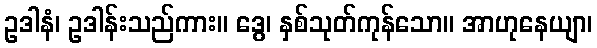
ဥဒါနံ၊ ဥဒါန်းသည်ကား။ ဒွေ၊ နှစ်သုတ်ကုန်သော။ အာဟုနေယျာ၊